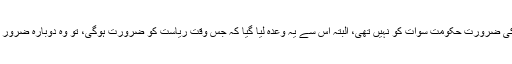
احمد حسین کی ضرورت حکومتِ سوات کو نہیں تھی، البتہ اُس سے یہ وعدہ لیا گیا کہ جس وقت ریاست کو ضرورت ہوگی، تو وہ دوبارہ ضرور یہاں آئے گا۔